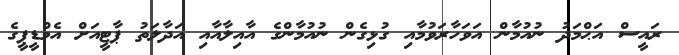
ރައީސް އަޙްމަދު ނުއުމާން އަވަހާރަވުމާއި ގުޅިގެން ނުއުމާންގެ އާއިލާއާއި އަދާލަތު ޕާޓީއަށް އެމްޑީޕީގެ